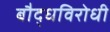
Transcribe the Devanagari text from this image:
बौद्धविरोधी